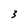
Character: 3